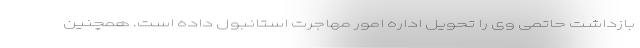
بازداشت حاتمی وی را تحویل اداره امور مهاجرت استانبول داده است. همچنین